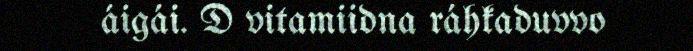
áigái. D vitamiidna ráhkaduvvo